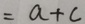
= a + c